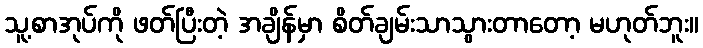
သူ့စာအုပ်ကို ဖတ်ပြီးတဲ့ အချိန်မှာ စိတ်ချမ်းသာသွားတာတော့ မဟုတ်ဘူး။